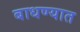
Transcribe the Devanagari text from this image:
बाधण्यात